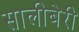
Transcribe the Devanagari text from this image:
सालीबेरी